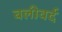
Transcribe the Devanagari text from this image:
बलीवर्द